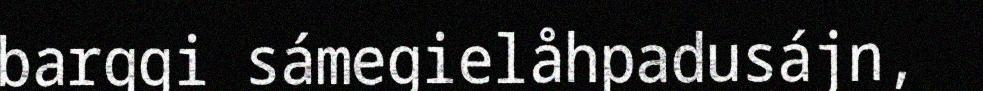
barggi sámegielåhpadusájn,